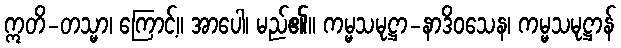
ဣတိ-တသ္မာ၊ ကြောင့်။ အာပေါ၊ မည်၏။ ကမ္မသမုဋ္ဌာ-နာဒိဝသေန၊ ကမ္မသမုဋ္ဌာန်